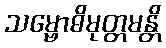
သမ္ဗောဓိမုတ္တမန္တိ